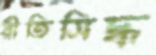
রীতিসিদ্ধ